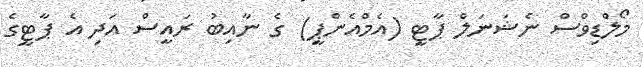
މޯލްޑިވްސް ނެޝަނަލް ޕާޓީ (އެމްއެންޕީ) ގެ ނާއިބު ރައީސް އަދި އެ ޕާޓީގެ